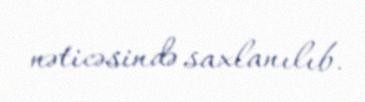
nəticəsində saxlanılıb.